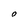
Character: o